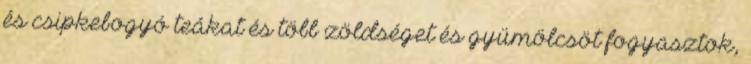
és csipkebogyó teákat és több zöldséget és gyümölcsöt fogyasztok,